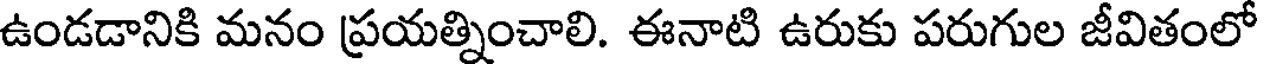
ఉండడానికి మనం ప్రయత్నించాలి. ఈనాటి ఉరుకు పరుగుల జీవితంలో